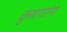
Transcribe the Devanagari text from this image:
कुमगांग